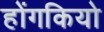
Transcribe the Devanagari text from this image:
होंगकियो